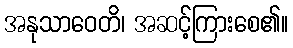
အနုသာဝေတိ၊ အဆင့်ကြားစေ၏။